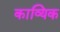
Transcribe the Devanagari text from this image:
काव्यिक